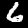
Label: 6